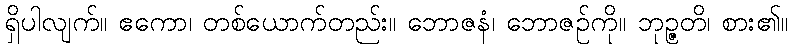
ရှိပါလျက်။ ဧကော၊ တစ်ယောက်တည်း။ ဘောဇနံ၊ ဘောဇဉ်ကို။ ဘုဉ္ဇတိ၊ စား၏။